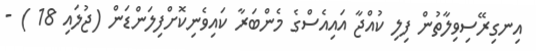
އިނގިރޭސިވިލާތުން ފިލި ކުއްޖާ އައިއެސްގެ މެންބަރާ ކައިވެނިކޮށްފިލަންޑަން (ޖުލައި 18 ) -